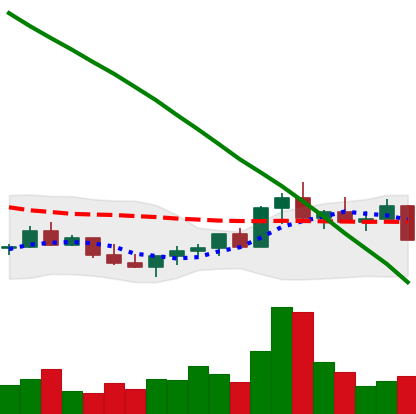
Ticker: LINK-USD
Chart end date: 2022-07-25
Forward return: 20.7%
Label: up_7plus